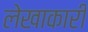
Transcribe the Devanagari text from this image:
लेखाकारी